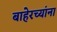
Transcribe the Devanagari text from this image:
बाहेरच्यांना